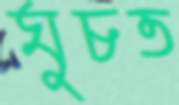
ঘুচত